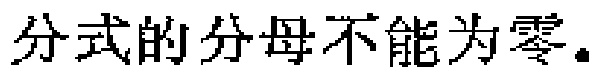
分式的分母不能为零.